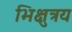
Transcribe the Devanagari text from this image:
भिक्षुत्रय